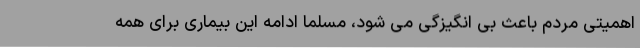
اهمیتی مردم باعث بی انگیزگی می شود، مسلما ادامه این بیماری برای همه